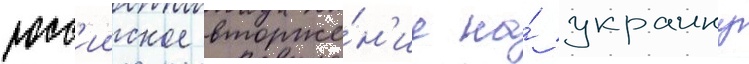
росс'ииское вторже́н'ие на́ украину